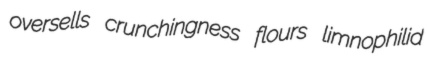
oversells crunchingness flours limnophilid